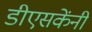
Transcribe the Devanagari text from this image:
डीएसकेंनी